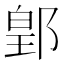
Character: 𨜔